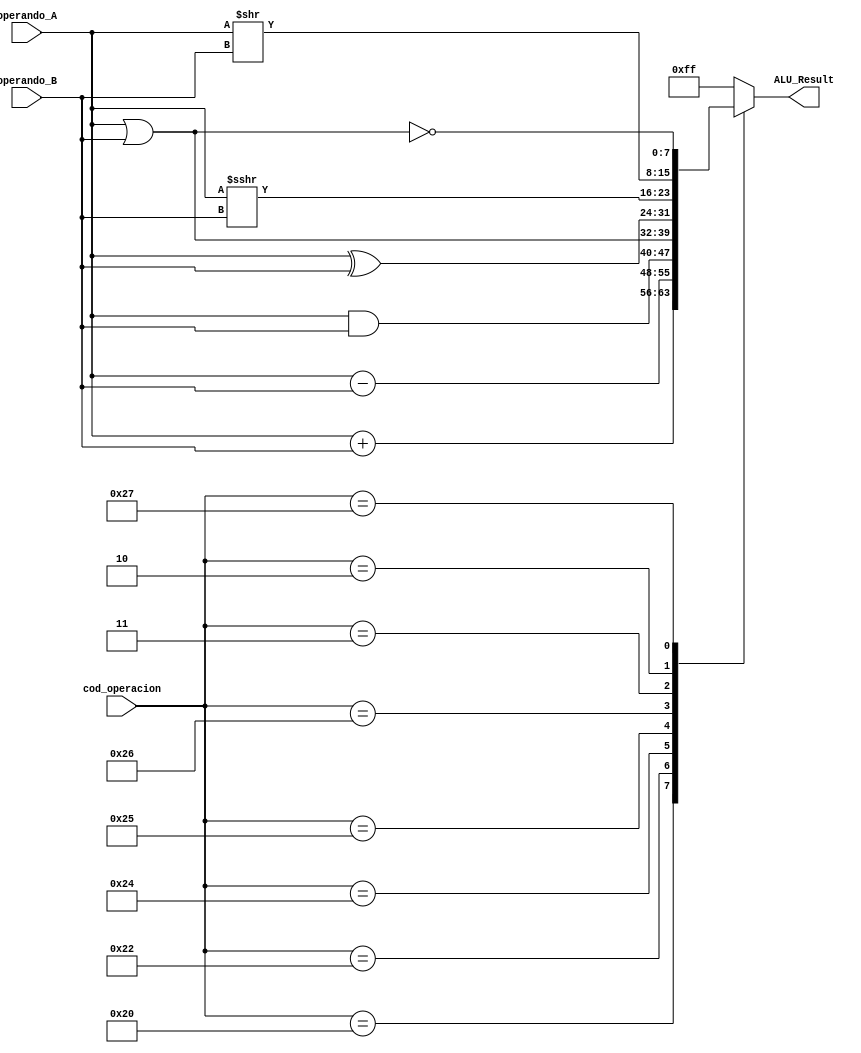
`timescale 1ns / 1ps

// Definicion de Macros para manipular mejor las operaciones:
`define ADD  6'b100000  // Salida-> A + B
`define	SUB  6'b100010	// Salida-> A - B
`define	AND  6'b100100	// Salida-> A and B
`define	OR   6'b100101	// Salida-> A or B
`define	XOR  6'b100110	// Salida-> A nor B
`define	SRA  6'b000011	// Salida-> A,B >>> 
`define	SRL  6'b000010	// Salida-> A,B >>
`define	NOR  6'b100111 	// Salida-> A nor B


module ALU
#( // Parmetros:
     parameter   NBITS = 8,
     parameter   COD_OP = 6
)
 (
     // Entradas:
     input wire [NBITS-1:0]  operando_A,    // registro A
     input wire [NBITS-1:0]  operando_B,    // registro B
     input wire [COD_OP-1:0] cod_operacion, // la operacin a realizar
    
     // Salidas:
     output reg [NBITS-1:0]  ALU_Result // ALU Output        
);
    
    always @(*)
	begin : operaciones
        case(cod_operacion)
            `ADD : ALU_Result = operando_A + operando_B;
	        `SUB : ALU_Result = operando_A - operando_B;
            `AND : ALU_Result = operando_A & operando_B;
            `OR  : ALU_Result = operando_A | operando_B;
            `XOR : ALU_Result = operando_A ^ operando_B;
            `SRA : ALU_Result = operando_A >>> operando_B;
			`SRL : ALU_Result = operando_A >> operando_B;
			`NOR : ALU_Result = ~(operando_A | operando_B);
            default  :   ALU_Result   =   {NBITS{1'b1}};
        endcase
	end

endmodule//alu_module